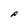
Character: P